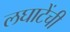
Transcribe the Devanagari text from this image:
लघाटेंची